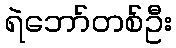
ရဲဘော်တစ်ဦး